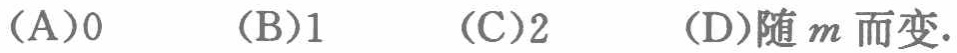
(A)0  (B)1  (C)2  (D)随\(m\)而变.